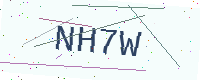
Text: NH7W